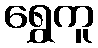
ရွှေကူ